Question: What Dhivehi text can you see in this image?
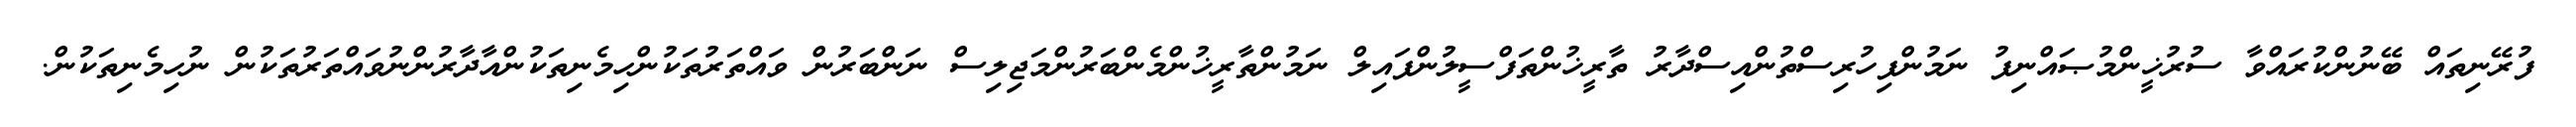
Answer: ފުރޭނިތައް ބޭނުންކުރައްވާ ސުރުޚީންމުޞައްނިފު ނަމުންފިހުރިސްތުންއިސްދާރު ތާރީޚުންތަފްސީލުންފައިލް ނަމުންތާރީޚުންމެންބަރުންމަޖިލިސް ނަންބަރުން ވައްތަރުތަކުންހިމެނިތަކުންއާދާރުންނުވައްތަރުތަކުން ނުހިމެނިތަކުން.